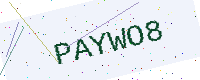
Text: PAYWO8